Report on the working of the Ranchi Indian Mental Hospital, Kanke, in Bihar and Orissa - 1930-1940
Year: 1930
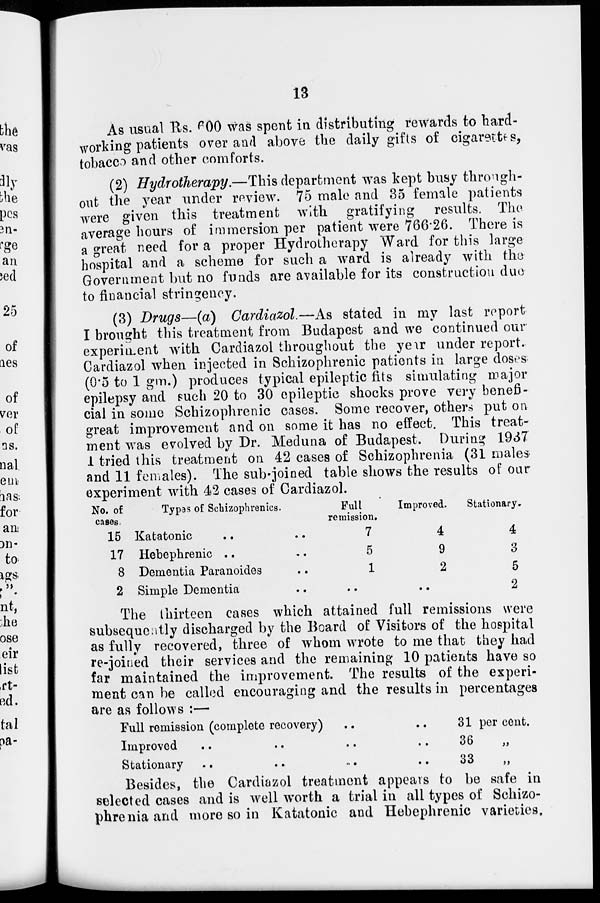
13
As usual Rs. 600 was spent in distributing rewards to hard-
working patients over and above the daily gifts of cigarettes,
tobacco and other comforts.
(2) Hydrotherapy.—This department was kept busy through-
out the year under review. 75 male and 35 female patients
were given this treatment with gratifying results. The
average hours of immersion per patient were 766.26. There is
a great need for a proper Hydrotherapy Ward for this large
hospital and a scheme for such a ward is already with the
Government but no funds are available for its construction due
to financial stringency.
(3) Drugs—(a) Cardiazol.—As stated in my last report
I brought this treatment from Budapest and we continued our
experiment with Cardiazol throughout the year under report.
Cardiazol when injected in Schizophrenic patients in large doses
(0.5 to 1 gm.) produces typical epileptic fits simulating major
epilepsy and such 20 to 30 epileptic shocks prove very benefi-
cial in some Schizophrenic cases. Some recover, others put on
great improvement and on some it has no effect. This treat-
ment was evolved by Dr. Meduna of Budapest. During 1937
I tried this treatment on 42 cases of Schizophrenia (31 males
and 11 females). The sub-joined table shows the results of our
experiment with 42 cases of Cardiazol.
No. of
cases.
15
17
8
2
Types of Schizophrenics.
Katatonic .. ..
Hebephrenic .. ..
Dementia Paranoides ..
Simple Dementia ..
Full
remission.
7
5
1
..
Improved.
4
9
2
..
Stationary.
4
3
5
2
The thirteen cases which attained full remissions were
subsequently discharged by the Board of Visitors of the hospital
as fully recovered, three of whom wrote to me that they had
re-joined their services and the remaining 10 patients have so
far maintained the improvement. The results of the experi-
ment can be called encouraging and the results in percentages
are as follows :—
Full remission (complete recovery)
Improved .. .. .. ..
Stationary .. .. .. ..
31 per cent.
36 „
33 „
Besides, the Cardiazol treatment appears to be safe in
selected cases and is well worth a trial in all types of Schizo-
phrenia and more so in Katatonic and Hebephrenic varieties.